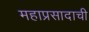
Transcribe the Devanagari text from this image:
महाप्रसादाची